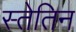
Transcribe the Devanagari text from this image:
स्तेतिन